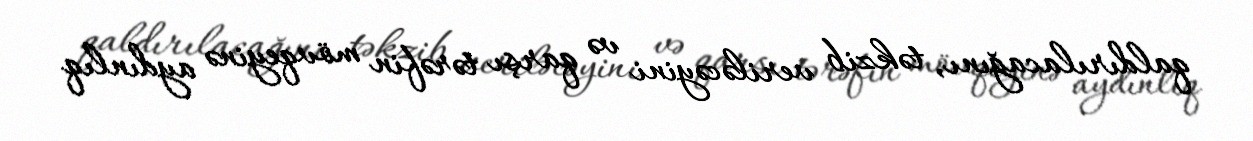
qaldırılacağını, təkzib veriləcəyini və qarşı tərəfin mövqeyinə aydınlıq